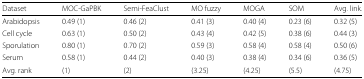
| Dataset | MOC-GaPBK | Semi-FeaClust | MO fuzzy | MOGA | SOM | Avg. link. |
 | --- | --- | --- | --- | --- | --- | --- |
 | Arabidopsis | 0.49 (1) | 0.46 (2) | 0.41 (3) | 0.40 (4) | 0.23 (6) | 0.32 (5) |
 | Cell cycle | 0.63 (1) | 0.50 (2) | 0.43 (4) | 0.42 (5) | 0.38 (6) | 0.44 (3) |
 | Sporulation | 0.80 (1) | 0.70 (2) | 0.59 (3) | 0.58 (4) | 0.58 (4) | 0.50 (6) |
 | Serum | 0.58 (1) | 0.44 (2) | 0.40 (3) | 0.38 (4) | 0.34 (6) | 0.36 (5) |
 | Avg. rank | (1) | (2) | (3.25) | (4.25) | (5.5) | (4.75) |